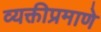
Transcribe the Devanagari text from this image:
व्यक्तीप्रमाणे